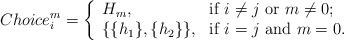
LaTeX: \begin{align*} Choice^m_i = \left\{\begin{array}{ll} H_m, & \hbox{if $i \neq j$ or $m \neq 0$;} \\ \{\{h_1\},\{h_2\}\}, & \hbox{if $i = j$ and $m = 0$.} \\\end{array}\right.\end{align*}